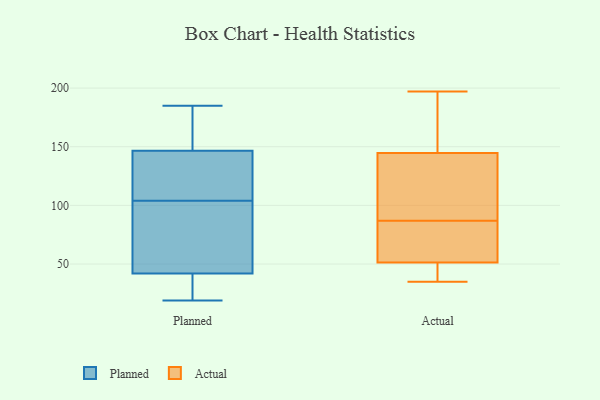
{"axis": {"x": "Headcount", "y": "Value"}, "legend": ["Actual", "Planned"], "data": [{"x": "", "y": 73, "type": "Planned"}, {"x": "", "y": 19, "type": "Planned"}, {"x": "", "y": 24, "type": "Planned"}, {"x": "", "y": 36, "type": "Planned"}, {"x": "", "y": 160, "type": "Planned"}, {"x": "", "y": 48, "type": "Planned"}, {"x": "", "y": 133, "type": "Planned"}, {"x": "", "y": 171, "type": "Planned"}, {"x": "", "y": 121, "type": "Planned"}, {"x": "", "y": 87, "type": "Planned"}, {"x": "", "y": 125, "type": "Planned"}, {"x": "", "y": 185, "type": "Planned"}, {"x": "", "y": 197, "type": "Actual"}, {"x": "", "y": 135, "type": "Actual"}, {"x": "", "y": 128, "type": "Actual"}, {"x": "", "y": 117, "type": "Actual"}, {"x": "", "y": 35, "type": "Actual"}, {"x": "", "y": 48, "type": "Actual"}, {"x": "", "y": 61, "type": "Actual"}, {"x": "", "y": 148, "type": "Actual"}, {"x": "", "y": 46, "type": "Actual"}, {"x": "", "y": 69, "type": "Actual"}, {"x": "", "y": 157, "type": "Actual"}, {"x": "", "y": 87, "type": "Actual"}, {"x": "", "y": 38, "type": "Actual"}, {"x": "", "y": 79, "type": "Actual"}, {"x": "", "y": 159, "type": "Actual"}]}